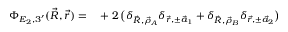
\begin{array} { r l } { \Phi _ { E _ { 2 } , 3 ^ { \prime } } ( \vec { R } , \vec { r } ) = } & { { } + 2 \, \big ( \delta _ { \vec { R } , \vec { \rho } _ { A } } \delta _ { \vec { r } , \pm \vec { a } _ { 1 } } + \delta _ { \vec { R } , \vec { \rho } _ { B } } \delta _ { \vec { r } , \pm \vec { a } _ { 2 } } \big ) } \end{array}